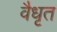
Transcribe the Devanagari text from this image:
वैधृत